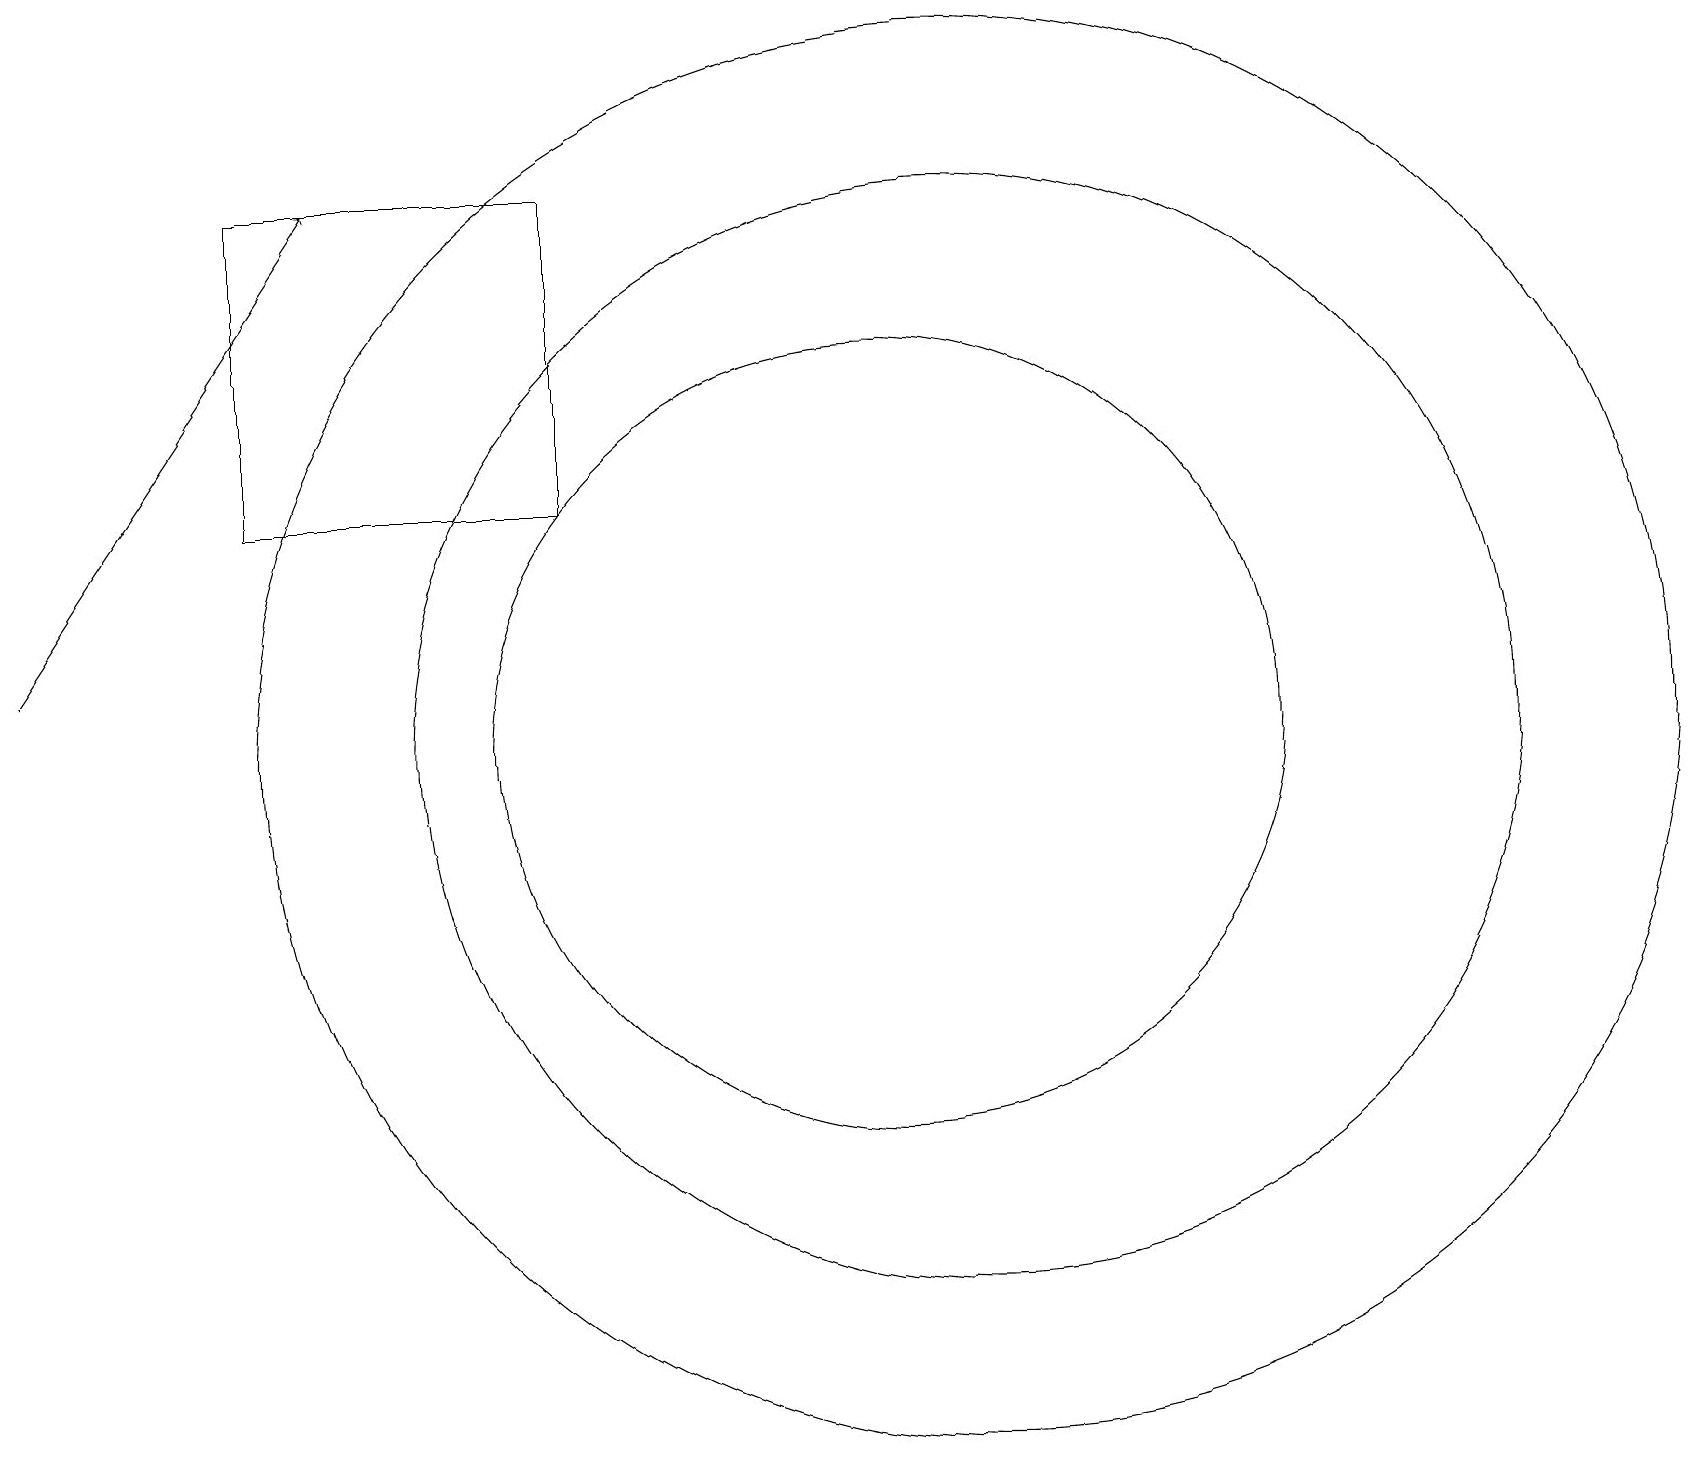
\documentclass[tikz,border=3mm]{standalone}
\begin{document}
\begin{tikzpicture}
\draw (11,10) circle (5);
\draw (3,13) rectangle (7,17);
\draw (12,10) circle (9);
\draw[->] (0,11) -- (4,17);
\draw (12,10) circle (7);
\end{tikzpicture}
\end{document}